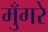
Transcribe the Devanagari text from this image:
मुँगरे